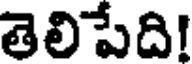
తెలిపేది!